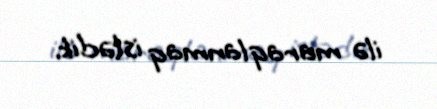
ilə maraqlanmaq istədik.